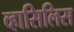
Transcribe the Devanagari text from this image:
व्हासिलिस